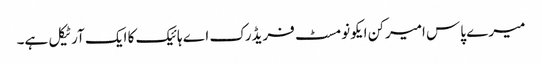
میرے پاس امیرکن ایکونومسٹ فریڈرک اے ہائیک کا ایک آرٹیکل ہے۔